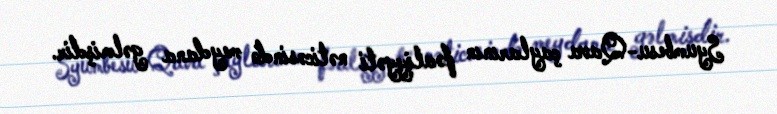
Syumbesu-Qava çaylarının fəaliyyəti nəticəsində meydana gəlmişdir.